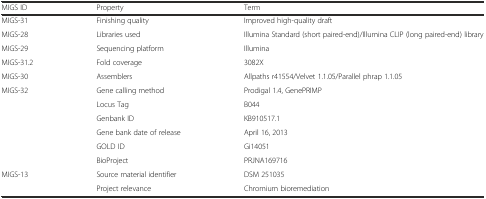
<table><thead><tr><td><b>MIGS ID</b></td><td><b>Property</b></td><td><b>Term</b></td></tr></thead><tbody><tr><td>MIGS-31</td><td>Finishing quality</td><td>Improved high-quality draft</td></tr><tr><td>MIGS-28</td><td>Libraries used</td><td>Illumina Standard (short paired-end)/Illumina CLIP (long paired-end) library</td></tr><tr><td>MIGS-29</td><td>Sequencing platform</td><td>Illumina</td></tr><tr><td>MIGS-31.2</td><td>Fold coverage</td><td>3082X</td></tr><tr><td>MIGS-30</td><td>Assemblers</td><td>Allpaths r41554/Velvet 1.1.05/Parallel phrap 1.1.05</td></tr><tr><td>MIGS-32</td><td>Gene calling method</td><td>Prodigal 1.4, GenePRIMP</td></tr><tr><td>[EMPTY_CELL]</td><td>Locus Tag</td><td>B044</td></tr><tr><td rowspan="3">[EMPTY_CELL]</td><td>Genbank ID</td><td>KB910517.1</td></tr><tr><td>Gene bank date of release</td><td>April 16, 2013</td></tr><tr><td>GOLD ID</td><td>Gi14051</td></tr><tr><td>[EMPTY_CELL]</td><td>BioProject</td><td>PRJNA169716</td></tr><tr><td>MIGS-13</td><td>Source material identifier</td><td>DSM 251035</td></tr><tr><td>[EMPTY_CELL]</td><td>Project relevance</td><td>Chromium bioremediation</td></tr></tbody></table>